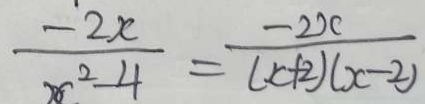
\frac { - 2 x } { x ^ { 2 } - 4 } = \frac { - 2 x } { ( x + 2 ) ( x - 2 ) }